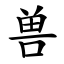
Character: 兽